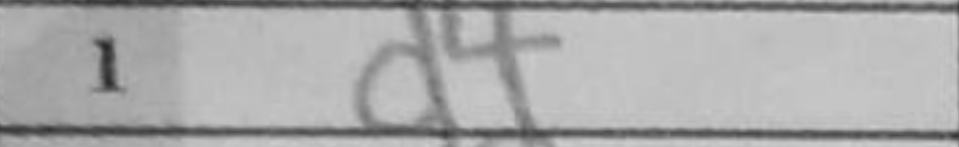
Transcription: d4